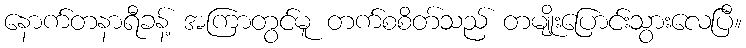
နောက်တနာရီခန့် အကြာတွင်မူ တက်စစိတ်သည် တမျိုးပြောင်းသွားလေပြီ။